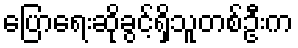
ပြောရေးဆိုခွင့်ရှိသူတစ်ဦးက